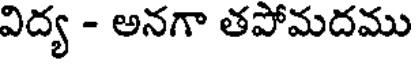
విద్య - అనగా తపోమదము